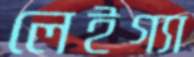
লেইগ্যা